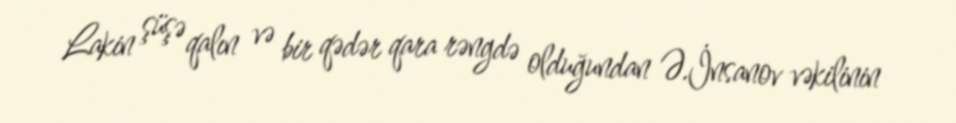
Lakin şüşə qalın və bir qədər qara rəngdə olduğundan Ə.İnsanov vəkilinin